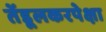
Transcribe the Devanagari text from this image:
तेंडूलकरपेक्षा